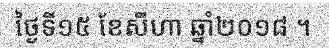
ថ្ងៃទី១៥ ខែសីហា ឆ្នាំ២០១៨ ។